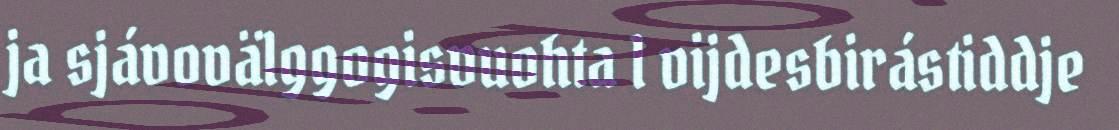
ja sjávovälggogisvuohta l vijdesbirástiddje